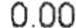
0.00